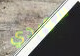
سويدي